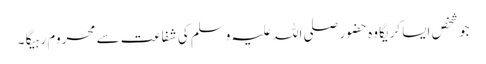
جو شخص ایسا کریگا وہ حضور صلی اللہ علیہ وسلم کی شفاعت سے محروم رہیگا ۔